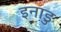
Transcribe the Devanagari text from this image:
इनाडु